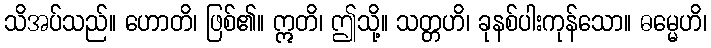
သိအပ်သည်။ ဟောတိ၊ ဖြစ်၏။ ဣတိ၊ ဤသို့။ သတ္တဟိ၊ ခုနစ်ပါးကုန်သော။ ဓမ္မေဟိ၊